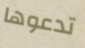
تدعوها